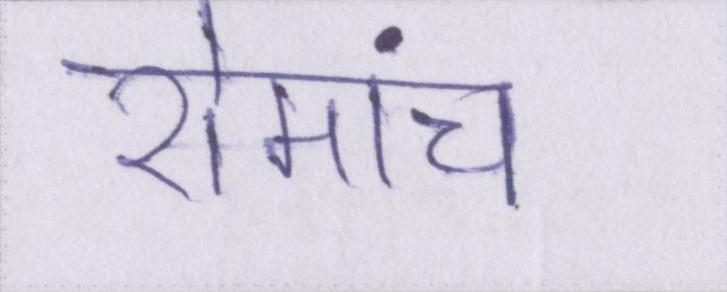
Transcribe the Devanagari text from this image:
रोमांच